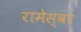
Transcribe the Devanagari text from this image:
रामेस्वर